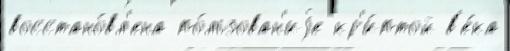
восстано́вл'ена по́льзован'иjе кр'и́птой в'е́ка